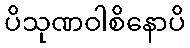
ပိသုဏဝါစိနောပိ